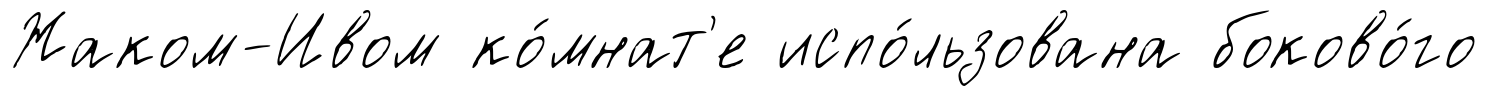
Жаком-Ивом ко́мнат'е испо́льзована боково́го